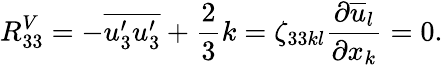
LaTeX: R_{33}^{V}=-\overline{{u_{3}^{\prime}u_{3}^{\prime}}}+\frac{2}{3}k=\zeta_{33kl}\frac{\partial\overline{{u}}_{l}}{\partial x_{k}}=0.